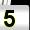
Digit: 5